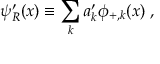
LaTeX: \psi _ { R } ^ { \prime } ( x ) \equiv \sum _ { k } a _ { k } ^ { \prime } \phi _ { + , k } ( x ) \; ,